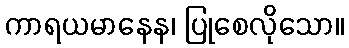
ကာရယမာနေန၊ ပြုစေလိုသော။